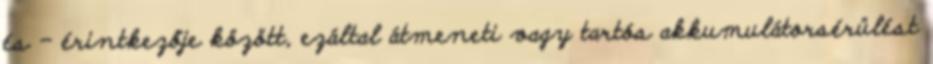
és – érintkezője között, ezáltal átmeneti vagy tartós akkumulátorsérülést